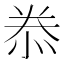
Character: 𭜮